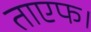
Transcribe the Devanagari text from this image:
ताएफ।